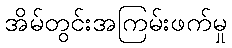
အိမ်တွင်းအကြမ်းဖက်မှု